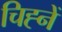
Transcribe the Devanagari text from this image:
चिह्नें